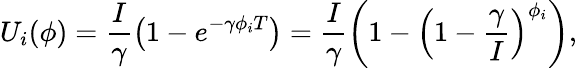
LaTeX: U_{i}(\phi)=\frac{I}{\gamma}\left(1-e^{-\gamma\phi_{i}T}\right)=\frac{I}{\gamma}\left(1-\left(1-\frac{\gamma}{I}\right)^{\phi_{i}}\right),